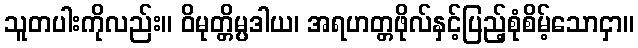
သူတပါးကိုလည်း။ ဝိမုတ္တိမ္ပဒါယ၊ အရဟတ္တဖိုလ်နှင့်ပြည့်စုံစိမ့်သောငှာ။